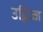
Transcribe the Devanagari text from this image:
उद्विज्ज